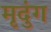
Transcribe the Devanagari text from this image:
मृदुंग